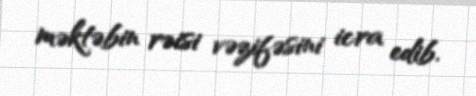
məktəbin rəisi vəzifəsini icra edib.